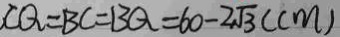
C Q = B C = B Q = 6 0 - 2 \sqrt { 3 } ( c m )